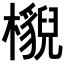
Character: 𣞠